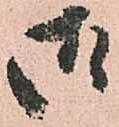
御